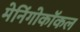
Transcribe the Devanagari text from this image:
मेनिंगोकॉकल